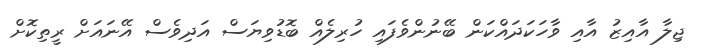
ޖިލާ އާއިޒު އާއި ވާހަކަދައްކަން ބޭނުންވެފައި ހުރިލެއް ބޮޑުވިޔަސް އަދިވެސް އޭނައަށް ރީތިކޮށް